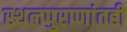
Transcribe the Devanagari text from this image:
स्थलपुराणांतही